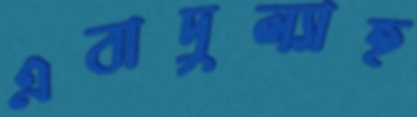
এবাদুল্যাহ